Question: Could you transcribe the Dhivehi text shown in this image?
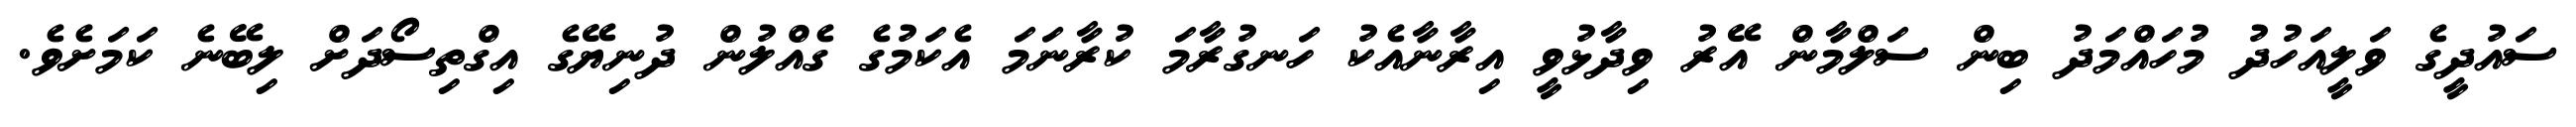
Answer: ސައުދީގެ ވަލީއަހުދު މުހައްމަދު ބިން ސަލްމާން އޭރު ވިދާޅުވީ އިރާނާއެކު ހަނގުރާމަ ކުރާނަމަ އެކަމުގެ ގެއްލުން ދުނިޔޭގެ އިގްތިސޯދަށް ލިބޭނެ ކަމަށެވެ.